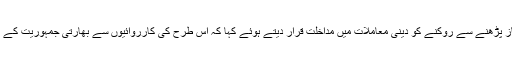
انہوںنے سید علی گیلانی کو جمعہ کی نماز پڑھنے سے روکنے کو دینی معاملات میں مداخلت قرار دیتے ہوئے کہا کہ اس طرح کی کارروائیوں سے بھارتی جمہوریت کے بلند بانگ دعوئوں کی قلعی کھل چکی ہے۔